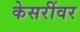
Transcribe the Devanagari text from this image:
केसरींवर